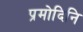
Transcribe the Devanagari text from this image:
प्रमोदिनि